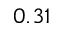
0 . 3 1